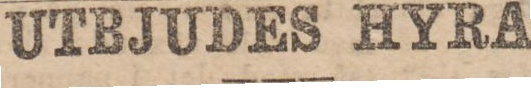
UTBJUDES HYRA.